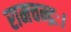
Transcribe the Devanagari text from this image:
रामचन्द्रः।